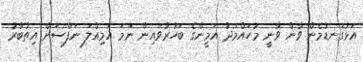
އަޅުގަނޑުމެން ވާން ވާނީ މުހައްމަދު އަމީންގެ ބަހުރުވައިން ނަމަ އަމިއްލަ ނަފްސަށް އިތުބާރު